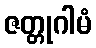
ဇတ္တုဂါမံ